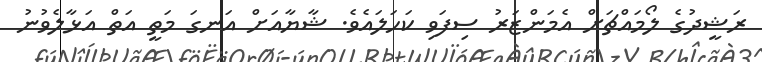
ރަޝީދުގެ ލޯމައްޗަށް އެމަންޒަރު ސިފަވި ކަހަލައެވެ. ޝާޔާއަށް އަނގަ މަތީ އަތް އަޅާލެވުނު